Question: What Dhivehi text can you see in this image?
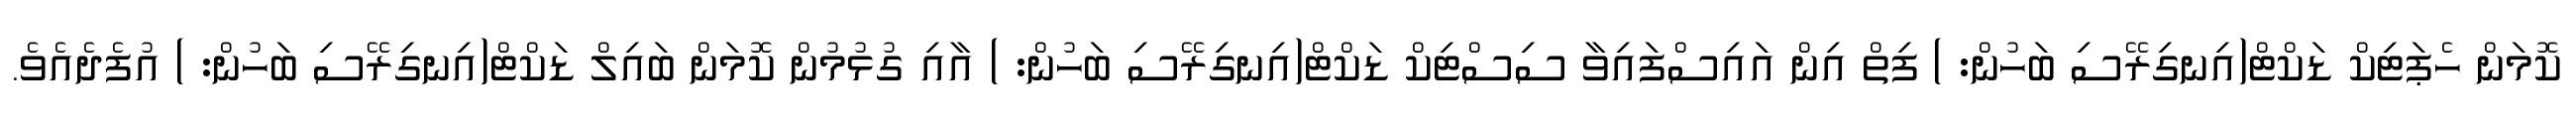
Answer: ކޮމަން ހެޕަޓިކް ޑަކްޓް(އިނގިރޭސި ބަހުން: ) ފިތް އިން އައިސްފައިވާ ސިސްޓިކް ޑަކްޓް(އިނގިރޭސި ބަހުން: ) އާއި ގުޅުމުން ކޮމަން ބައިލް ޑަކްޓް(އިނގިރޭސި ބަހުން: ) އުފެދެއެވެ.